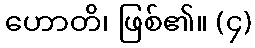
ဟောတိ၊ ဖြစ်၏။ (၄)